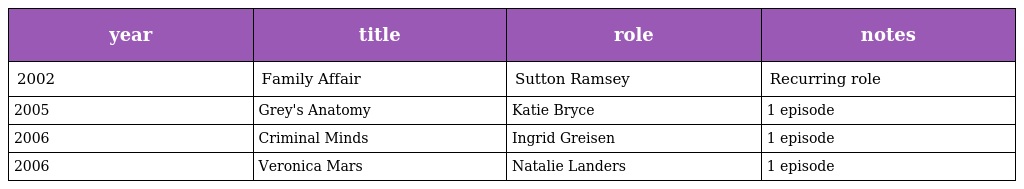
| year | title | role | notes |
 | --- | --- | --- | --- |
 | 2002 | Family Affair | Sutton Ramsey | Recurring role |
 | 2005 | Grey's Anatomy | Katie Bryce | 1 episode |
 | 2006 | Criminal Minds | Ingrid Greisen | 1 episode |
 | 2006 | Veronica Mars | Natalie Landers | 1 episode |